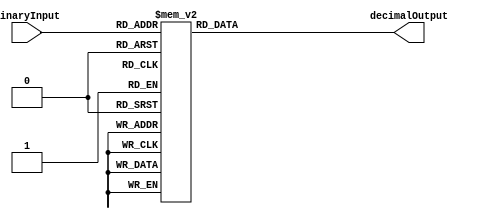
module DecimalDecoder(
    input [3:0] binaryInput,
    output reg [9:0] decimalOutput
);

always @(*)
begin
    case(binaryInput)
        4'b0000: decimalOutput = 10'b0000000001; // Decimal 1
        4'b0001: decimalOutput = 10'b0000000010; // Decimal 2
        4'b0010: decimalOutput = 10'b0000000011; // Decimal 3
        4'b0011: decimalOutput = 10'b0000000100; // Decimal 4
        4'b0100: decimalOutput = 10'b0000000101; // Decimal 5
        4'b0101: decimalOutput = 10'b0000000110; // Decimal 6
        4'b0110: decimalOutput = 10'b0000000111; // Decimal 7
        4'b0111: decimalOutput = 10'b0000001000; // Decimal 8
        4'b1000: decimalOutput = 10'b0000001001; // Decimal 9
        4'b1001: decimalOutput = 10'b0000001010; // Decimal 10
        default: decimalOutput = 10'b0000000000; // Default to decimal 0
    endcase
end

endmodule